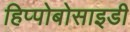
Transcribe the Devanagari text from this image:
हिप्पोबोसाइडी